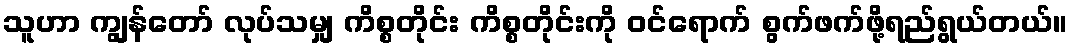
သူဟာ ကျွန်တော် လုပ်သမျှ ကိစ္စတိုင်း ကိစ္စတိုင်းကို ဝင်ရောက် စွက်ဖက်ဖို့ရည်ရွယ်တယ်။